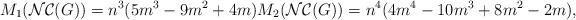
LaTeX: \begin{align*}M_{1}(\mathcal{NC}(G))=n^{3}(5m^{3}-9m^{2}+4m) M_{2}(\mathcal{NC}(G))=n^{4}(4m^{4}-10m^{3}+8m^{2}-2m),\end{align*}